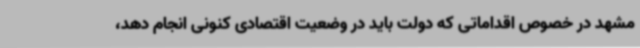
مشهد در خصوص اقداماتی که دولت باید در وضعیت اقتصادی کنونی انجام دهد،